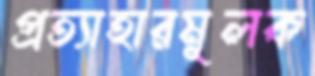
প্রত্যাহারমূলক